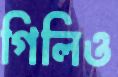
গিলিও